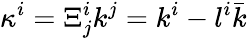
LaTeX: \kappa^{i}=\Xi_{j}^{i}k^{j}=k^{i}-l^{i}\bar{k}